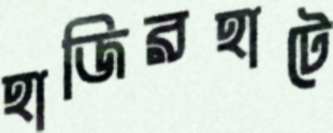
হাজিরহাটে